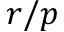
r / p